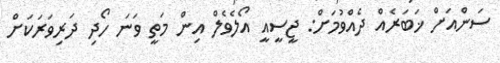
ސަންއަށް ޚަބަރެއް ދެއްވުމަށް: ޖީސީއީ އޯލެވެލް އިން މަތީ ވަނަ ހޯދި ދަރިވަރަކަށް